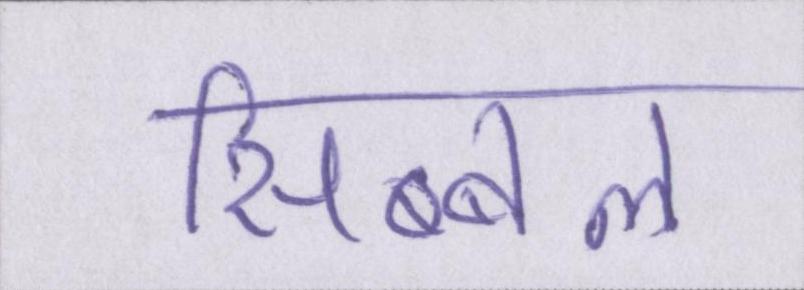
सिब्बल